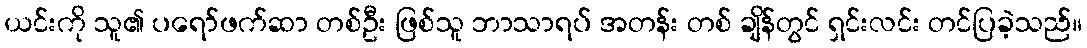
ယင်းကို သူ၏ ပရော်ဖက်ဆာ တစ်ဦး ဖြစ်သူ ဘာသာရပ် အတန်း တစ် ချိန်တွင် ရှင်းလင်း တင်ပြခဲ့သည်။